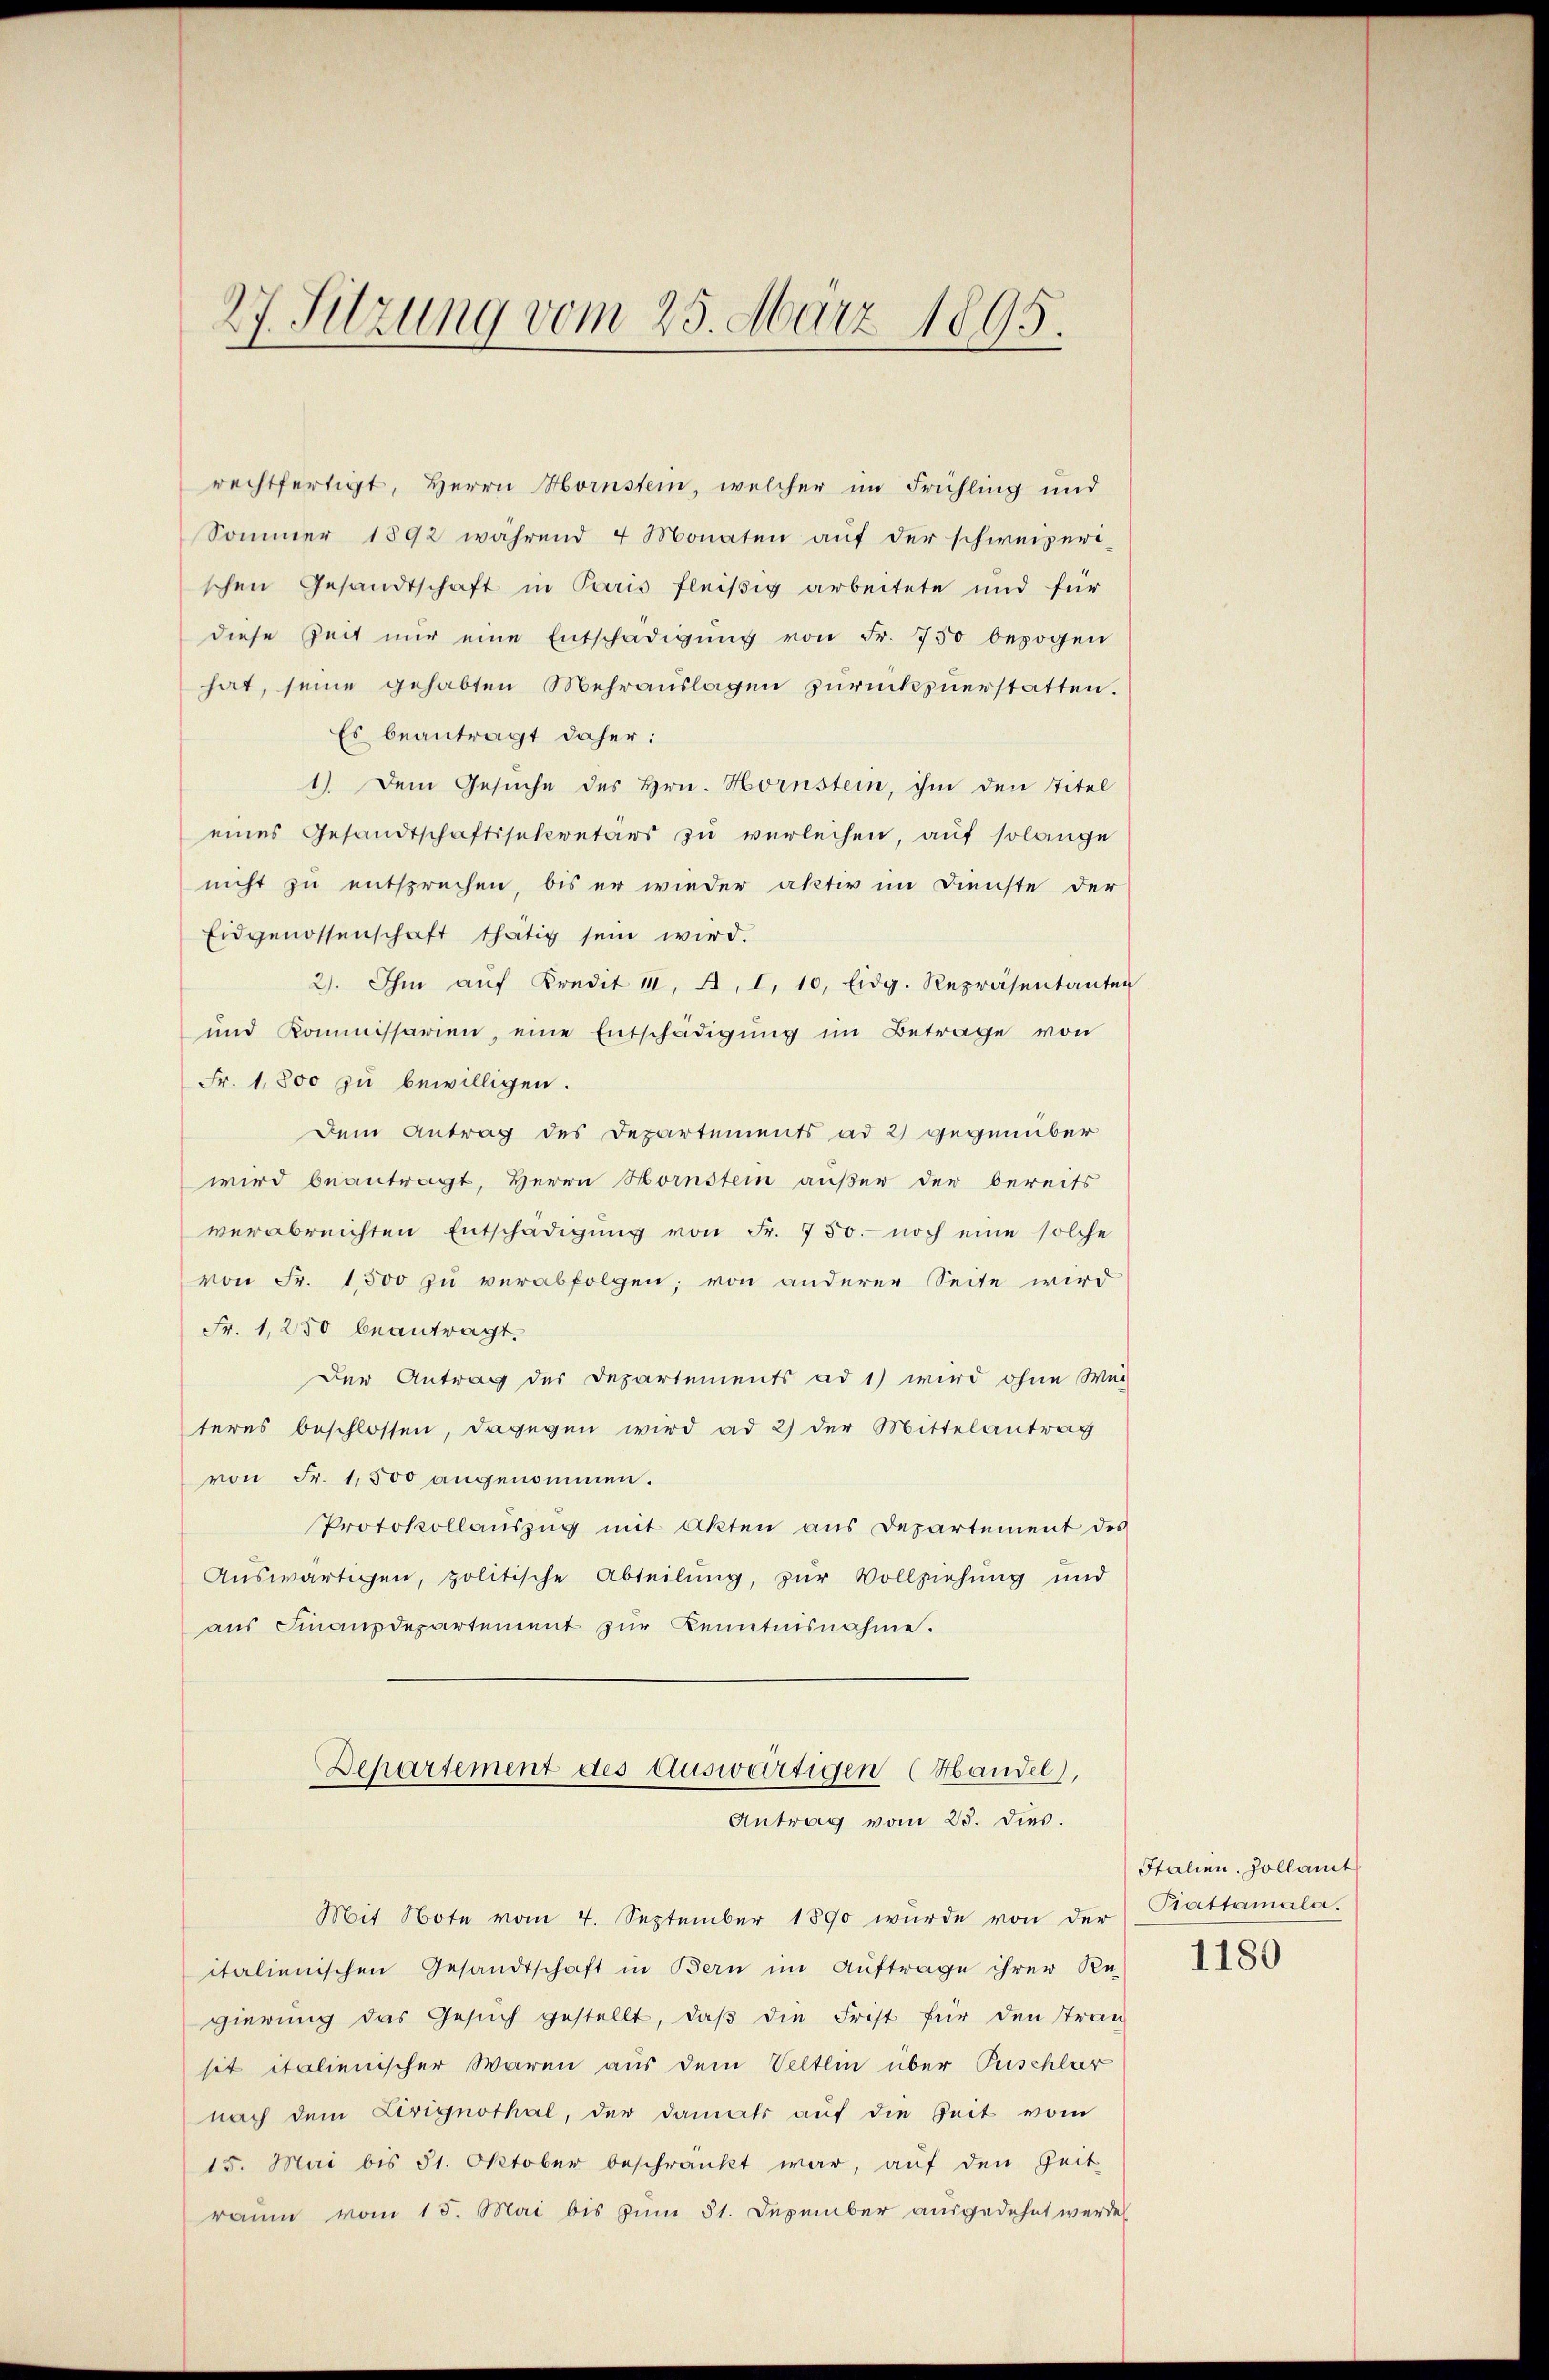
27. Sitzung vom 25. März 1895.

rechtfertigt, Herrn Hornstein, welcher im Frühling und
Sommer 1892 während 4 Monaten auf der schweizeri-
schen Gesandtschaft in Paris fleißig arbeitete und für
diese Zeit nŭr eine Entschädigŭng von Fr. 750 bezogen
hat, seine gehabten Mehrauslagen zurückzuerstatten.
Es beantragt daher:
1) Dem Gesŭche des Hrn. Hornstein, ihm den Titel
eines Gesandtschaftssekretärs zu verleihen, auf solange
nicht zu entsprechen, bis er wieder aktiv im Dienste der
Eidgenossenschaft thätig sein wird.
2). Ihm aŭf Kredit 11, A. I. 10. Eidg. Repräsentante
und Kommissarien, eine Entschädigŭng im Betrage von
Fr. 1,800 zu bewilligen.
Dem Antrag des Departements ad 2) gegenüber
wird beantragt, Herrn Hornstein außer der bereits
verabreichten Entschädigŭng von Fr. 750.- noch eine solche
von Fr. 1500 zu verabfolgen; von anderer Seite wird
Fr. 1250 beantragt.
Der Antrag des Departements ad 1) wird ohne Wei
teres beschlossen, dagegen wird ad 2) der Mittelantrag
von Fr. 1,500 angenommen.
Protokollaŭszŭg mit Akten aus Departement des
Aŭswärtigen, politische Abteilŭng, zŭr Vollziehung und
aŭs Finanzdepartement zŭr Kenntnisnahme.
Departement des Auswärtigen (Handel),

Antrag vom 23. dies.

Mit Note vom 4. September 1890 wurde von der
italienischen Gesandtschaft in Bern im Auftrage ihrer Re-
gierŭng das Gesŭch gestellt, daβ die Frist für den Stran
sit italienischer Waren aus dem Veltlin über Puschlar
nach dem Levignothal, der damals auf die Zeit vom
15. Mai bis 31. Oktober beschränkt war, aŭf den Zeit
raum vom 15. Mai bis zum 31. Dezember ausgedehnt werden

Italien. Zollamt
Prattamala.
1180